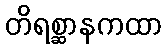
တိရစ္ဆာနကထာ